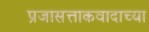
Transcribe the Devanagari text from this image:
प्रजासत्ताकवादाच्या